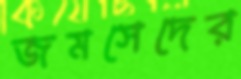
জমসেদের